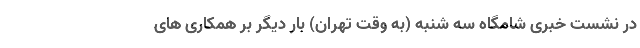
در نشست خبری شامگاه سه شنبه (به وقت تهران) بار دیگر بر همکاری های